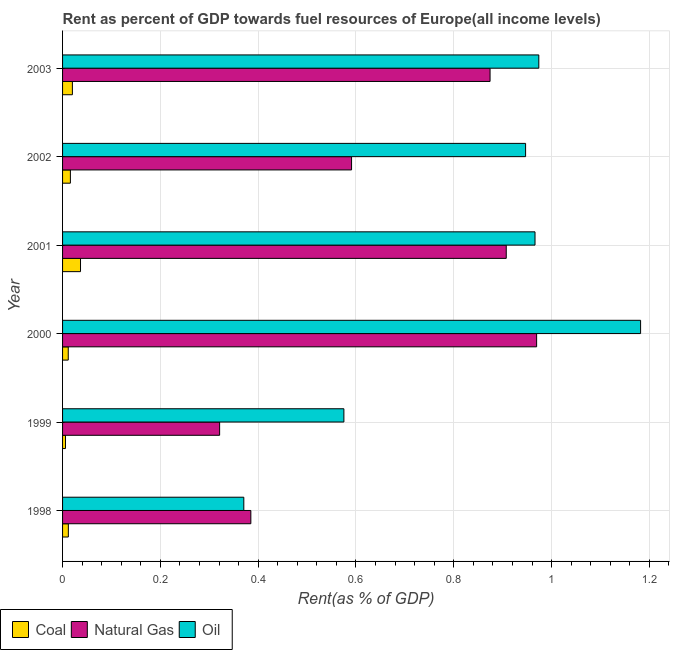
| Year | Coal | Natural Gas | Oil |
 | --- | --- | --- | --- |
 | 1998 | 0.0118 | 0.385 | 0.371 |
 | 1999 | 0.00598 | 0.321 | 0.575 |
 | 2000 | 0.0116 | 0.969 | 1.18 |
 | 2001 | 0.0367 | 0.907 | 0.966 |
 | 2002 | 0.016 | 0.591 | 0.947 |
 | 2003 | 0.0201 | 0.874 | 0.974 |